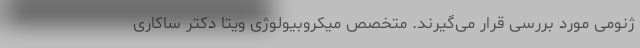
ژنومی مورد بررسی قرار می‌گیرند. متخصص میکروبیولوژی ویتا دکتر ساکاری